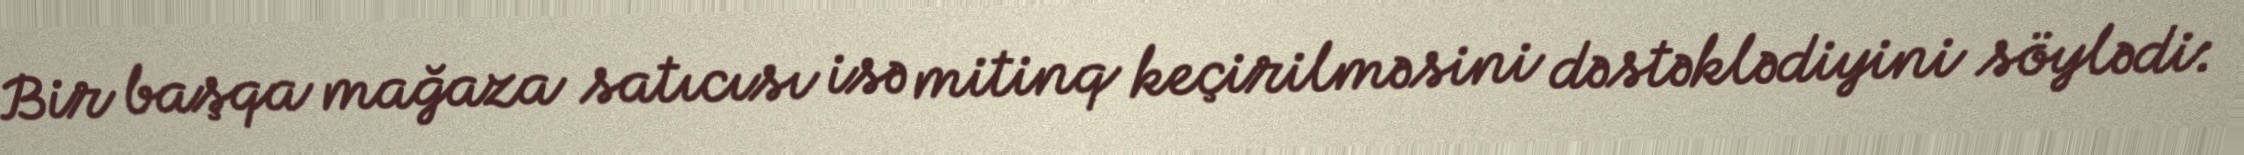
Bir başqa mağaza satıcısı isə mitinq keçirilməsini dəstəklədiyini söylədi: